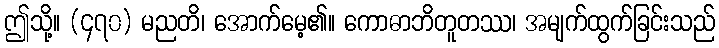
ဤသို့။ (၄၇၀) မညတိ၊ အောက်မေ့၏။ ကောဓာဘိတူတဿ၊ အမျက်ထွက်ခြင်းသည်